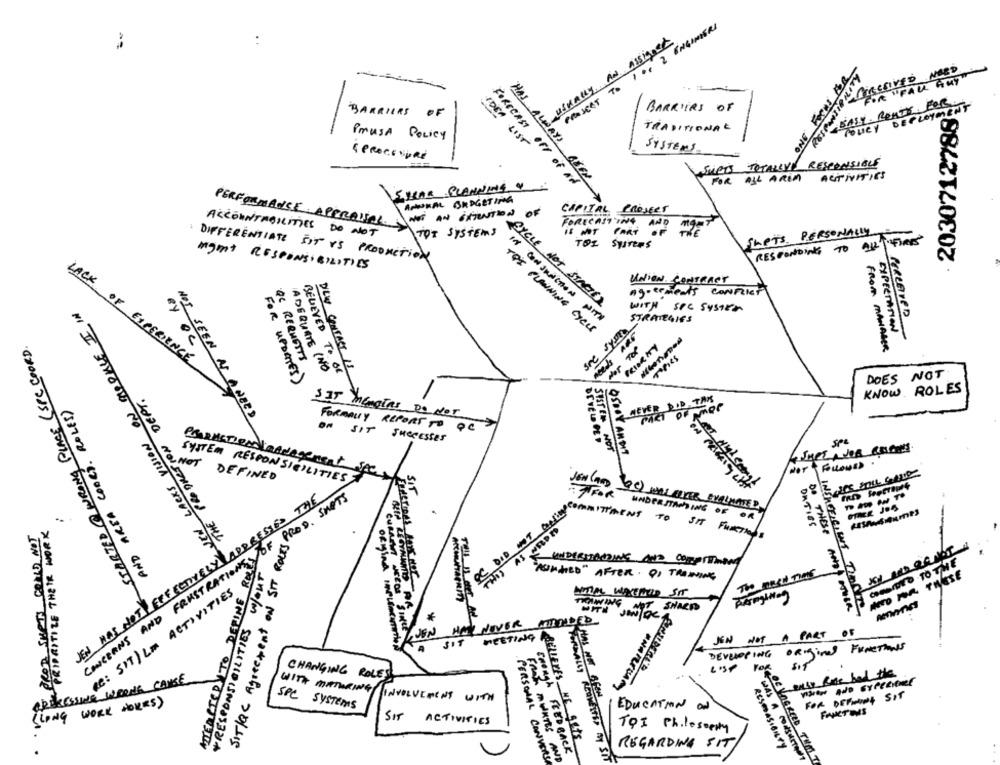
PROSENT TO 1Or 2 ENGINEERS
USUALLY AN ASSIGNER
..
ONE FORUS FOR
FOR "FALL ANY"
BALY . RENTY FOR.
DEPLOYMENT
BARRIERS
OF
BARRIERS OF
2030712788
TRADITIONAL
Toucy
PRUSA POLICY
IDEA LIST
SYSTEMS
&PROCESURE
SULETS TOTALEVY RESPONSIBLE
FOR ALL ARIM
ACTIVITIES
FORECAST OFF OF AN
HAS ALWAYS BEEN
SHEAR PLANNING 4
AMOSKAL BUDGETING
NOT AN MENTION
CAPITAL PROJECT
PERFORMANCE APPRAISAL.
FORECASTING AND
THE
ACCOUNTABILITIES DO NOT
TOT SYSTEMS
IS NOT PART
SLETS PERSONALLY
TOI Systems
RESPONDING TO ALL THEIRES
DIFFERENTIATE SIT IS PRODUCTION
Mgmt RESPONSIBILITIES
UNION CONTRACT
agreements CONFLICT
LACKS VISION ON PROPIALE II IN
CYCLE NOT STREET
WITH SPC SYSTEM
PERCEIVED
IN CONJUNCTION WITH
STRATEGIES
TOI PLANNING CYCLE
see syste
STARTED @WRONG PLACE (SPC COORD.
needs ARE
BY OC
FROM MANAGER
QC REQUESTS
This
LACK OF EXPERIENCE
DLW CONTACT 18
ADEQUATE (NO
BELIEVED TO BE
DOES NOT
FOR UPDATES )
KNOW ROLES
AND AREA CODES. ROLES)
NEVER DID TAK
SIT MEMOIRS DO NOT
NOT SEEN AS ANEED
FORMALLY REPORT TO QC
ON SIT SUCCESSES
SPL
SISTER NOT
OSBOY ANDIT
NET
PARACTIONSLaANAgenSA
NOT FOLLOWED
SYSTEM RESPONSIBILITIES
DEFINED
JEN HAS NOT EFFECTIVELY ADDRESSES THE
SIT
FOR
JEN (AND 90) WALL WIKER EVALUATED
OnTIES
SC DID NOT BAD HITTARNS TO
SIT Funktions
CONCERNS AND FRUSTRATIONS OF
ATTRACTED TO DEFINE ROLL
* RESPONSIBILITIES W/OUT
UNDERSTANDING AND ComPrTMENT
CHOWIDEO TO THE
"WORKED" AFTER. DI TRAINING
The next Time
NEED FOR THESE
RE: SIT) LA ACTIVITIES
MITTAL WANEMUD SIT
DO THESE ANDY OTHER
DEN HAINOVER MINDED
SIT MEETING ..
JEN NOT A PART OF
original Functions
DEVELOPING
enty forte bad the
ORERESSING WRONG CAUSE
CHANGING ROLES
anniersam
ION GHOS NIONS LOUD
FOR DEFEN, SIT
( LONG WORK HOURS)
SPC SYSTEMS
WITH MATURING INVOLVEMENT WITH
EDUCATION ON
FAKTIS
SIT ACTIVITIES
TOI Philosophy
AtLIERES HE gets
REGARDING SIT
RESMASIBILTY
FROM MORTES AND
soongh FEEDBACK
HAS NOT CREATED BY SI
PERSONAL CONVERSE
YOEVERIO TEM T